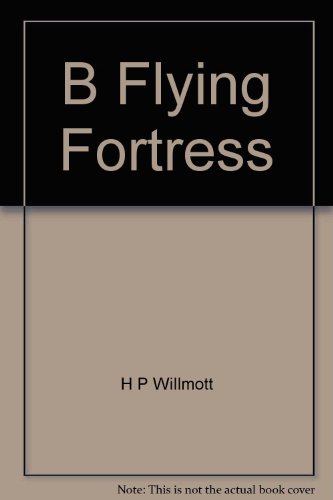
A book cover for B-17: Flying Fortress; H P Willmott; Crafts, Hobbies & Home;